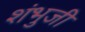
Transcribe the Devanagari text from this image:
शंभुजी